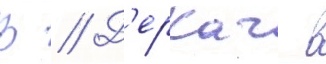
В // Д'еркач в